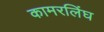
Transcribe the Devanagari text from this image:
कामरलिंघ